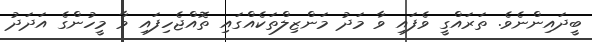
ބީދައިންނެވެ. ތަރައްގީ ވެފައި ވާ މަދު މަންޒިލްތަކެއްގައި ތޮއްޖެހިފައި ވާ މީހުންގެ އަދަދު